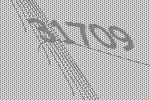
31709